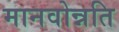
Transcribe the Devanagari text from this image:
मानवोन्नति